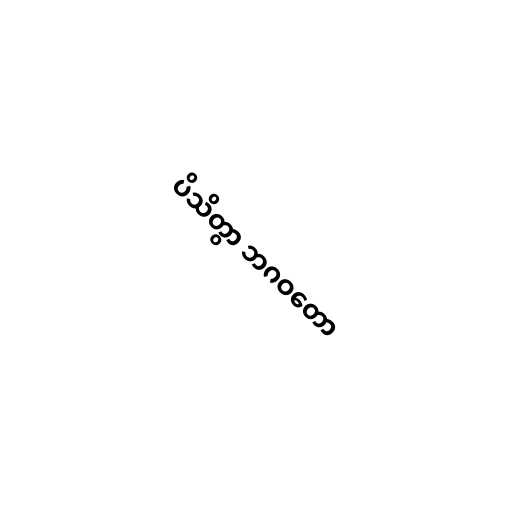
ပိသိတွာ ဘဂဝတော